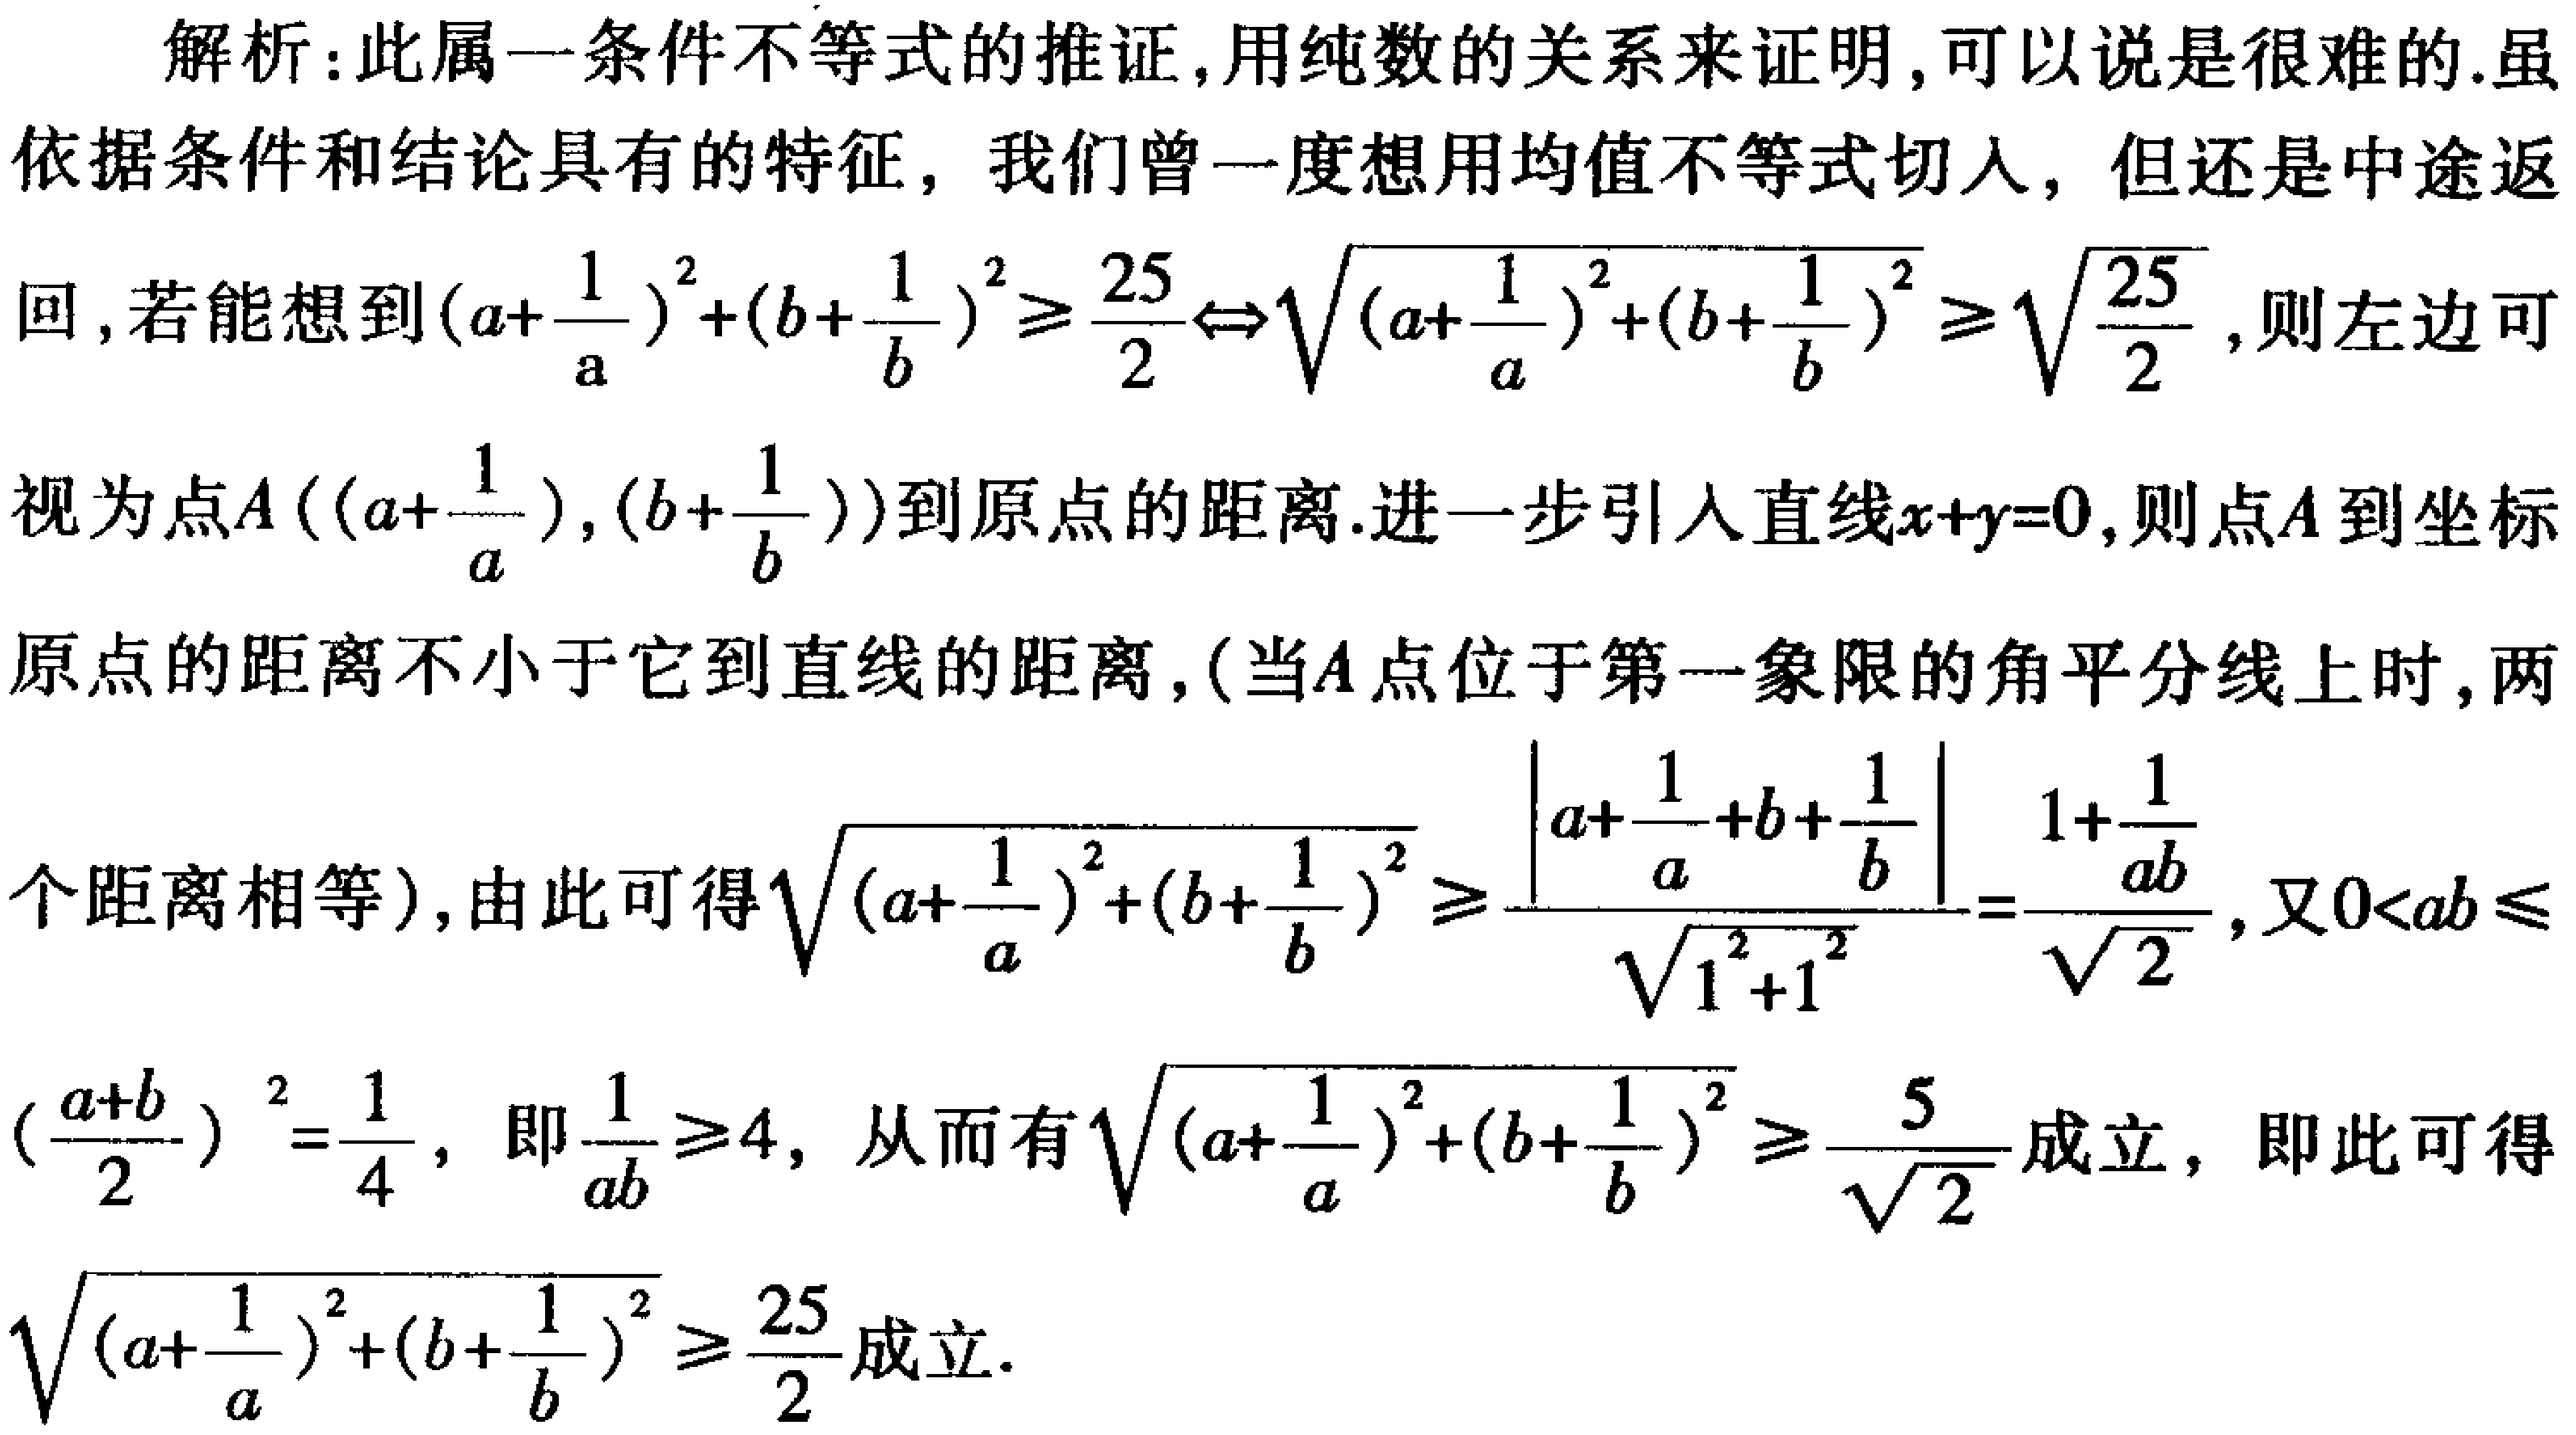
解析：此属一条件不等式的推证,用纯数的关系来证明,可以说是很难的.虽依据条件和结论具有的特征，我们曾一度想用均值不等式切入，但还是中途返回,若能想到\((a + \frac{1}{a})^2 + (b + \frac{1}{b})^2 \geq \frac{25}{2} \Leftrightarrow \sqrt{(a + \frac{1}{a})^2 + (b + \frac{1}{b})^2} \geq \sqrt{\frac{25}{2}}\),则左边可视为点\(A((a + \frac{1}{a}),(b + \frac{1}{b}))\)到原点的距离.进一步引入直线\(x + y = 0\),则点\(A\)到坐标原点的距离不小于它到直线的距离,(当\(A\)点位于第一象限的角平分线上时,两个距离相等),由此可得\(\sqrt{(a + \frac{1}{a})^2 + (b + \frac{1}{b})^2} \geq \frac{\left|a + \frac{1}{a} + b + \frac{1}{b}\right|}{\sqrt{1^2 + 1^2}} = \frac{1 + \frac{1}{ab}}{\sqrt{2}}\),又\(0 < ab \leq (\frac{a + b}{2})^2 = \frac{1}{4}\)，即\(\frac{1}{ab} \geq 4\)，从而有\(\sqrt{(a + \frac{1}{a})^2 + (b + \frac{1}{b})^2} \geq \frac{5}{\sqrt{2}}\)成立，即此可得\(\sqrt{(a + \frac{1}{a})^2 + (b + \frac{1}{b})^2} \geq \frac{25}{2}\)成立.